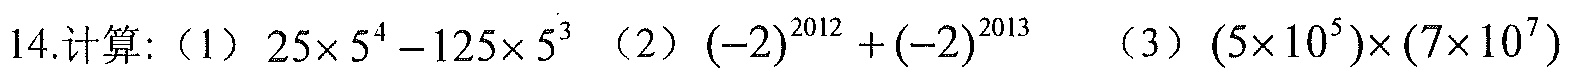
14.计算:（1）\(25\times5^{4}-125\times5^{3}\) （2）\((-2)^{2012}+(-2)^{2013}\) （3）\((5\times10^{5})\times(7\times10^{7})\)